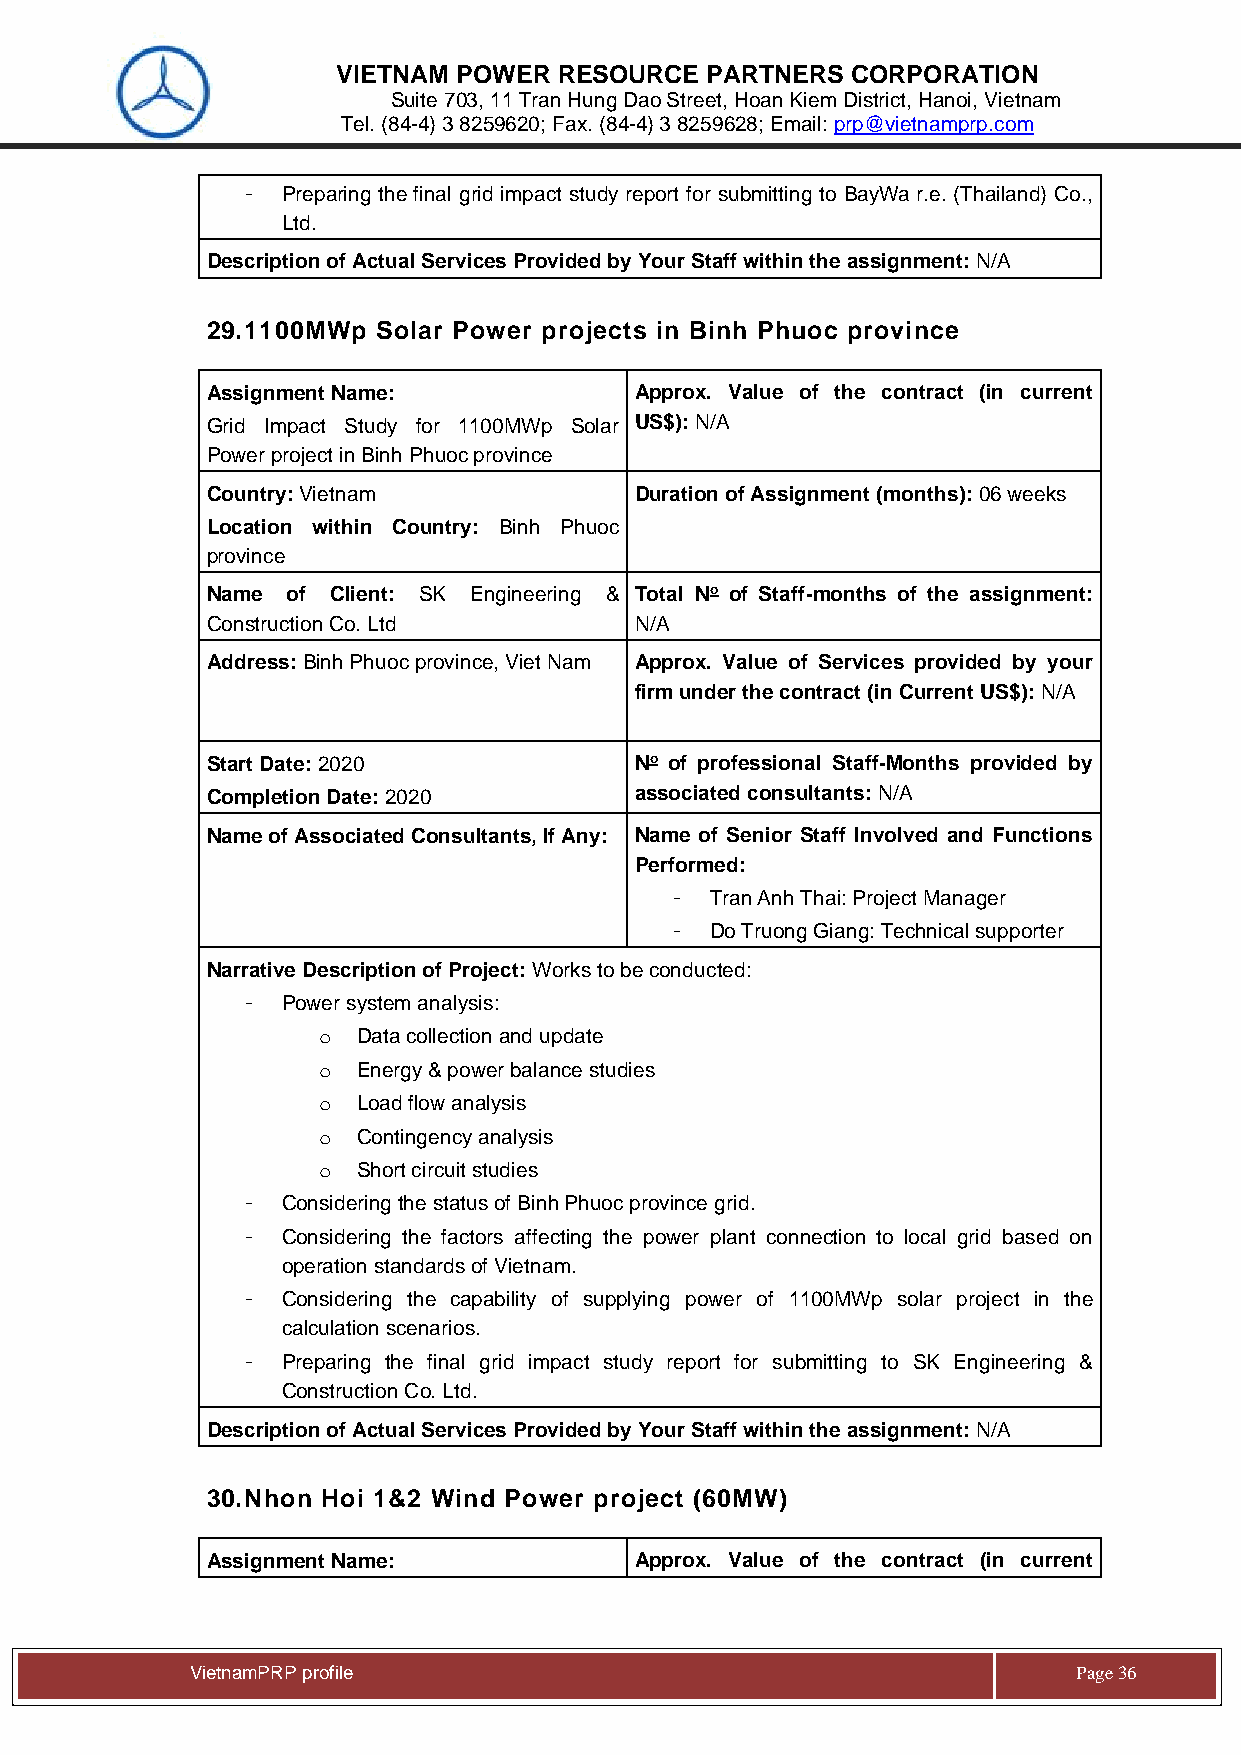
VIETNAM POWER  RESOURCE  PARTNERS CORPORATION
 Suite 703, 11 Tran Hung Dao Street, Hoan Kiem District, Hanoi, Vietnam
 Tel. (84-4) 3 8259620; Fax. (84-4) 3 8259628; Email: prp@vietnamprp.com
 -  Preparing the final grid impact study report for submitting to BayWa r.e. (Thailand) Co.,
 Ltd.
 Description of Actual Services Provided by Your Staff within the assignment: N/A
 29. 1100MWp Solar Power projects in Binh Phuoc province
 Assignment Name:            Approx. Value of the contract (in current
 Grid Impact Study for 1100MWp Solar US$): N/A
 Power project in Binh Phuoc province
 Country: Vietnam            Duration of Assignment (months): 06 weeks
 Location within Country: Binh Phuoc
 province
 Name of Client: SK Engineering & Total No of Staff-months of the assignment:
 Construction Co. Ltd        N/A
 Address: Binh Phuoc province, Viet Nam Approx. Value of Services provided by your
 firm under the contract (in Current US$): N/A
 Start Date: 2020            No of professional Staff-Months provided by
 Completion Date: 2020       associated consultants: N/A
 Name of Associated Consultants, If Any: Name of Senior Staff Involved and Functions
 Performed:
 -  Tran Anh Thai: Project Manager
 -  Do Truong Giang: Technical supporter
 Narrative Description of Project: Works to be conducted:
 -  Power system analysis:
 o  Data collection and update
 o  Energy & power balance studies
 o  Load flow analysis
 o  Contingency analysis
 o  Short circuit studies
 -  Considering the status of Binh Phuoc province grid.
 -  Considering the factors affecting the power plant connection to local grid based on
 operation standards of Vietnam.
 -  Considering the capability of supplying power of 1100MWp solar project in the
 calculation scenarios.
 -  Preparing the final grid impact study report for submitting to SK Engineering &
 Construction Co. Ltd.
 Description of Actual Services Provided by Your Staff within the assignment: N/A
 30. Nhon Hoi 1&2 Wind Power project (60MW)
 Assignment Name:            Approx. Value of the contract (in current
 Vie tnamPRP profile                                       Page 36